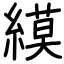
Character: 縸